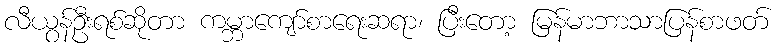
လီယွန်ဦးရစ်ဆိုတာ ကမ္ဘာကျော်စာရေးဆရာ၊ ပြီးတော့ မြန်မာဘာသာပြန်စာဖတ်